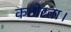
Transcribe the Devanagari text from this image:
कठोरता।